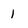
Character: 1